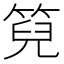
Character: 𮅙